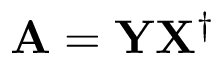
\mathbf { A } = \mathbf { Y } \mathbf { X } ^ { \dagger }